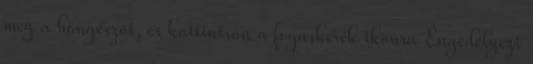
meg a böngészőt, és kattintson a fogaskerék ikonra Engedélyezi